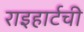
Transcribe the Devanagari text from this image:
राइहार्टची